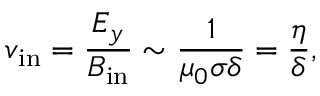
v _ { \mathrm { i n } } = { \frac { E _ { y } } { B _ { \mathrm { i n } } } } \sim { \frac { 1 } { \mu _ { 0 } \sigma \delta } } = { \frac { \eta } { \delta } } ,